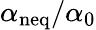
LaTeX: \alpha_{\mathrm{neq}}/\alpha_{0}